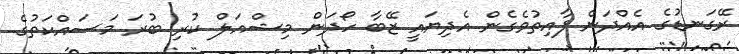
ރޭގަނޑުގެ އެއްދަން ފާއިތުވެގެން އެދިޔައީ ޒޭބާ ހޯދަން މިޝްއަލް ކުރި ބުރަ މަސައްކަތުގެ